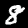
Label: 8